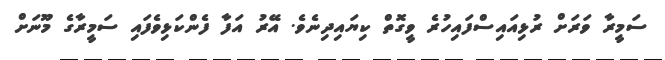
ސަމީރާ ވަރަށް ރުޅިއައިސްފައިހުރެ ވީގޮތް ކިޔައިދިނެވެ. އޭރު އަފާ ފެންކަޅިވެފައި ސަމީރާގެ މޫނަށް